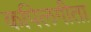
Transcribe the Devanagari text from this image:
कपिलगीता